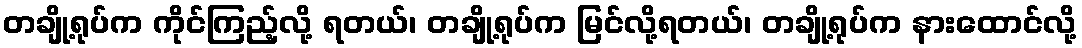
တချို့ရုပ်က ကိုင်ကြည့်လို့ ရတယ်၊ တချို့ရုပ်က မြင်လို့ရတယ်၊ တချို့ရုပ်က နားထောင်လို့